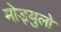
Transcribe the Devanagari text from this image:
मोड्युलो